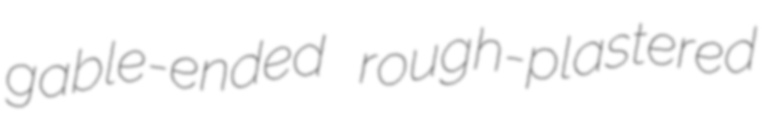
gable-ended rough-plastered